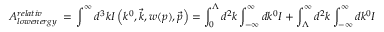
{ \cal { A } } _ { l o w e n e r g y } ^ { r e l a t i v } \, = \, \int ^ { \infty } d ^ { 3 } k I \left( k ^ { 0 } , \vec { k } , w ( p ) , \vec { p } \right) = \int _ { 0 } ^ { \Lambda } d ^ { 2 } k \int _ { - \infty } ^ { \infty } d k ^ { 0 } I + \int _ { \Lambda } ^ { \infty } d ^ { 2 } k \int _ { - \infty } ^ { \infty } d k ^ { 0 } I